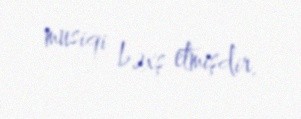
musiqi bəxş etmişdir.